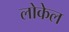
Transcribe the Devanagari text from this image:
लोकेल